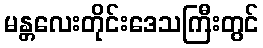
မန္တလေးတိုင်းဒေသကြီးတွင်